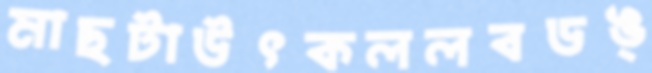
মাছটাউৎকললবডঙ্